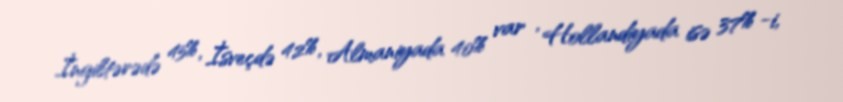
İngiltərədə 45%, İsveçdə 42%, Almaniyada 40% var , Hollandiyada isə 37% -i,